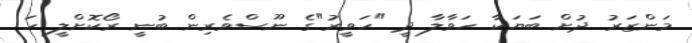
މަންޒަރު ދުށް ބަޔަކާ ހަވާލާ ދީ "ހަވީރު"ގެ ނޫސްވެރިން ބުނީ ރޯކޮށްލީ ހަ